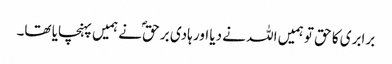
برابری کا حق تو ہمیں اللہ نے دیا اور ہادی بر حقؐ نے ہمیں پہنچایا تھا۔